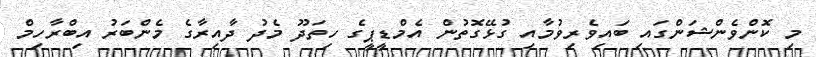
މި ކޮންވެންޝަންގައި ބައިވެރިވުމާއި ގުޅޭގޮތުން އެމްޑީޕީގެ ހިތަދޫ މެދު ދާއިރާގެ މެންބަރު އިބްރާހިމް